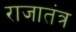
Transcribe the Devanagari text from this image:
राजातंत्र